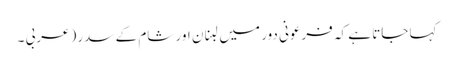
کہا جاتا ہے کہ فرعونی دور میں لبنان اور شام کے سدر (عربی ۔